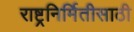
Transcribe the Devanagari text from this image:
राष्ट्रनिर्मितीसाठी